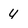
Character: 4